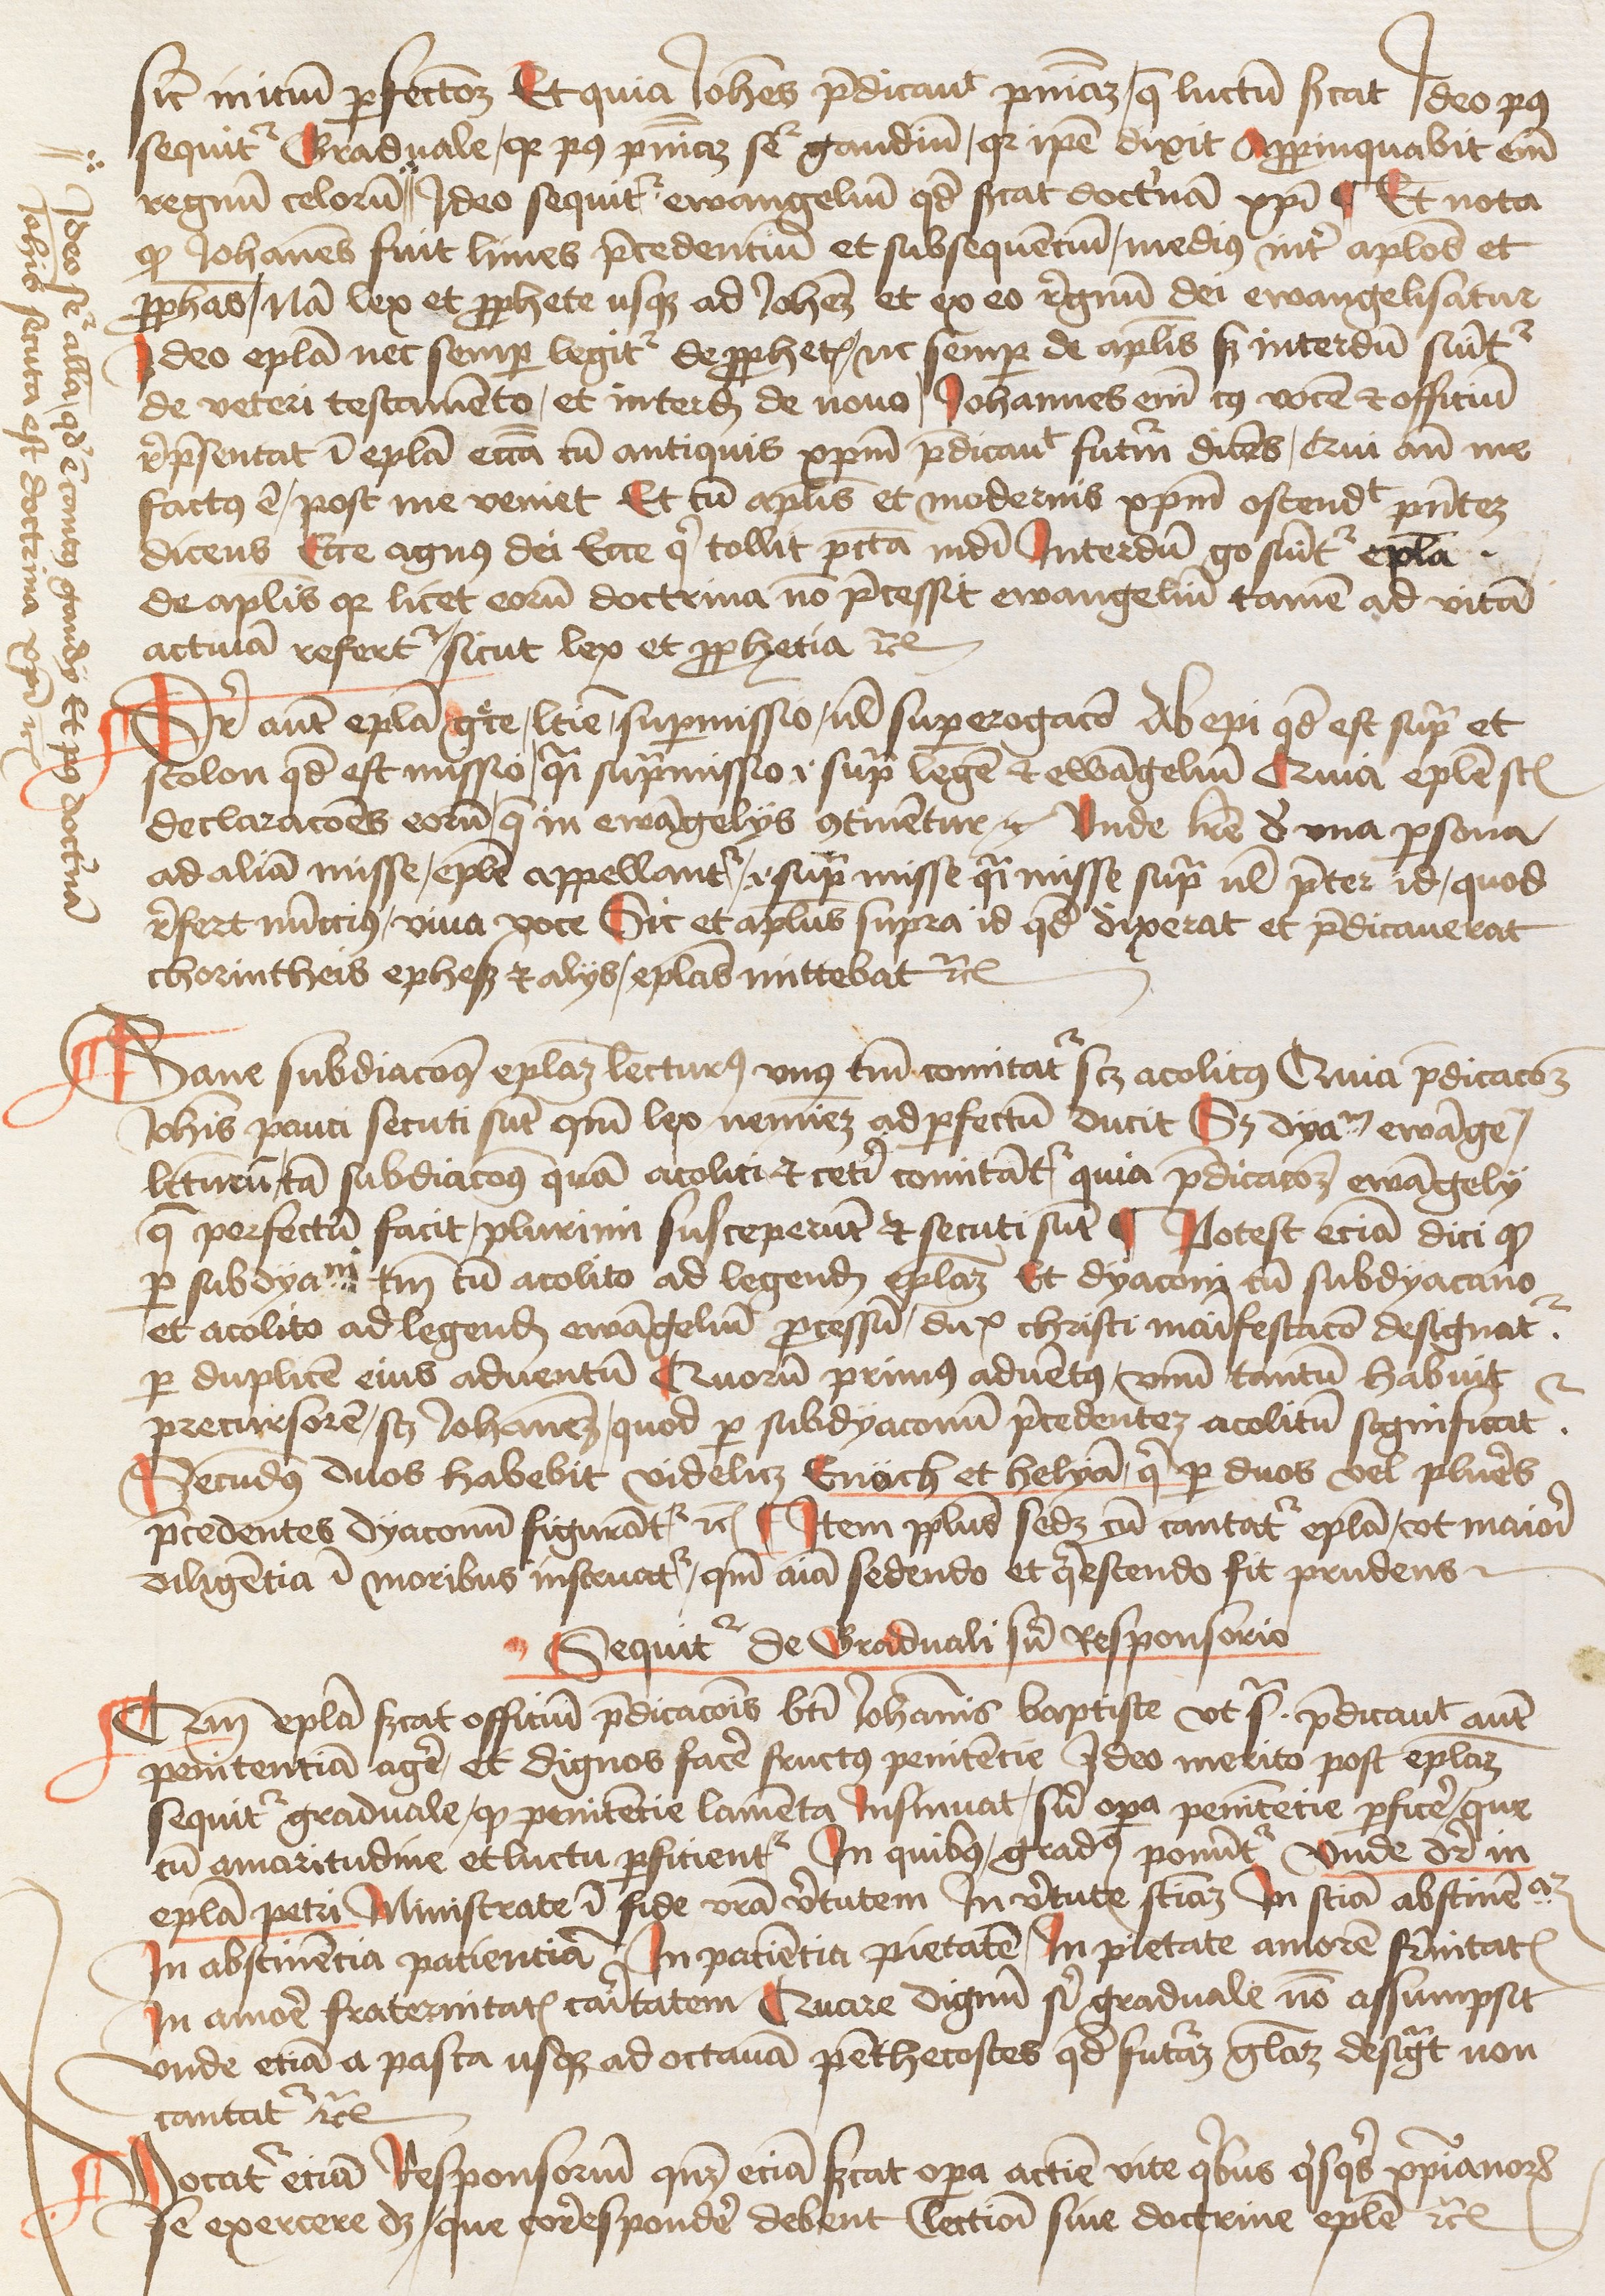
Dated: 1450–1499